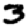
Digit: 3